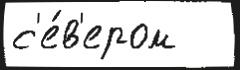
с'е́в'ером